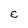
Character: e